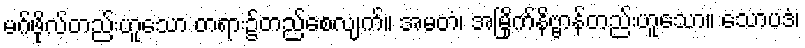
မဂ်ဖိုလ်တည်းဟူသော တရား၌တည်စေလျက်။ အမတံ၊ အမြိုက်နိဗ္ဗာန်တည်းဟူသော။ သောပဒံ၊